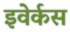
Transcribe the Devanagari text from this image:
इवेर्कस